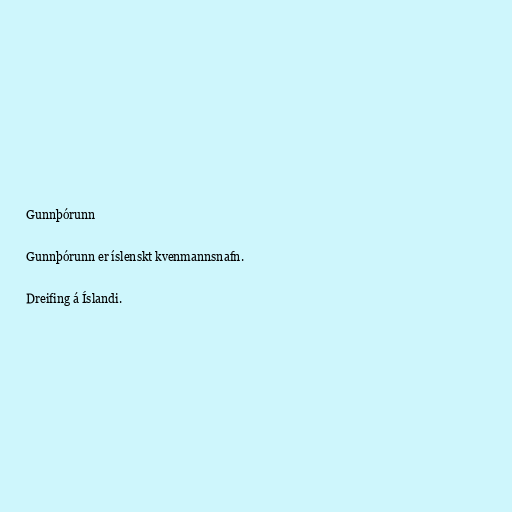
Gunnþórunn

Gunnþórunn er íslenskt kvenmannsnafn.

Dreifing á Íslandi.